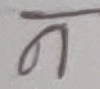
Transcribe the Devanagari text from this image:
ग